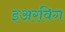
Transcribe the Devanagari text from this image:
इअरविग